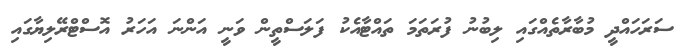
ސަރަހައްދީ މުބާރާތެއްގައި ލިބުނު ފުރަތަމަ ތައްޓާއެކު ފަލަސްތީން ވަނީ އަންނަ އަހަރު އޮސްޓްރޭލިޔާގައި